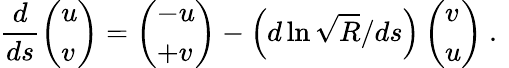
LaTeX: \frac{d}{ds}\left(\begin{array}{l}{u}\\ {v}\end{array}\right)=\left(\begin{array}{l}{-u}\\ {+v}\end{array}\right)-\left(d\ln\sqrt{R}/ds\right)\left(\begin{array}{l}{v}\\ {u}\end{array}\right)\mathrm{~.~}